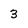
Character: 3